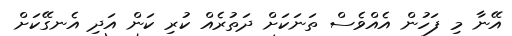
އޭނާ މި ފަހުން އެއްވެސް ތަނަކަށް ދަތުރެއް ކުރި ކަން އަދި އެނގޭކަށް